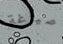
صياغة